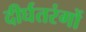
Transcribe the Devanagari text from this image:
दीर्घतरंगों